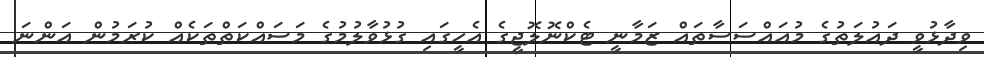
ވިދާޅުވީ ދައުލަތުގެ މުއައްސަސާތައް ޒަމާނީ ޓެކްނޮލޮޖީގެ އެހީގައި ގުޅުވާލުމުގެ މަސައްކަތްތަކެއް ކުރަމުން އަންނަ